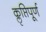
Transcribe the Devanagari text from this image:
कॢप्तिपूर्ण